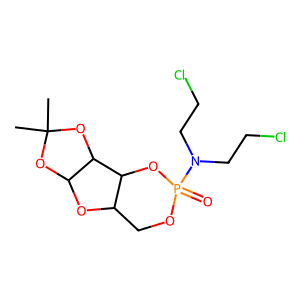
SMILES: CC1(C)OC2OC3COP(=O)(N(CCCl)CCCl)OC3C2O1
Inhibits HIV replication: No